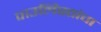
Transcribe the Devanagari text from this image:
पाउलिस्तांचा